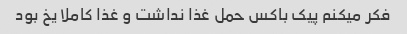
فکر میکنم پیک باکس حمل غذا نداشت و غذا کاملا یخ بود